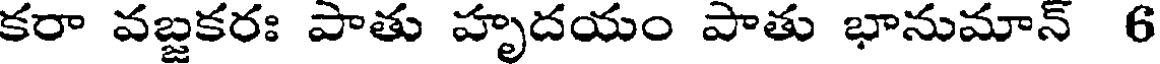
కరా వబ్జకరః పాతు హృదయం పాతు భానుమాన్ 6